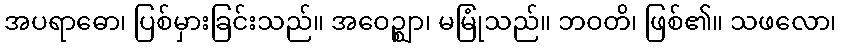
အပရာဓော၊ ပြစ်မှားခြင်းသည်။ အဝေဉ္ဈာ၊ မမြုံသည်။ ဘဝတိ၊ ဖြစ်၏။ သဖလော၊